Studies on the mouth parts a Comparative anatomy of the proboscis in the blood-sucking muscidae - Number 60
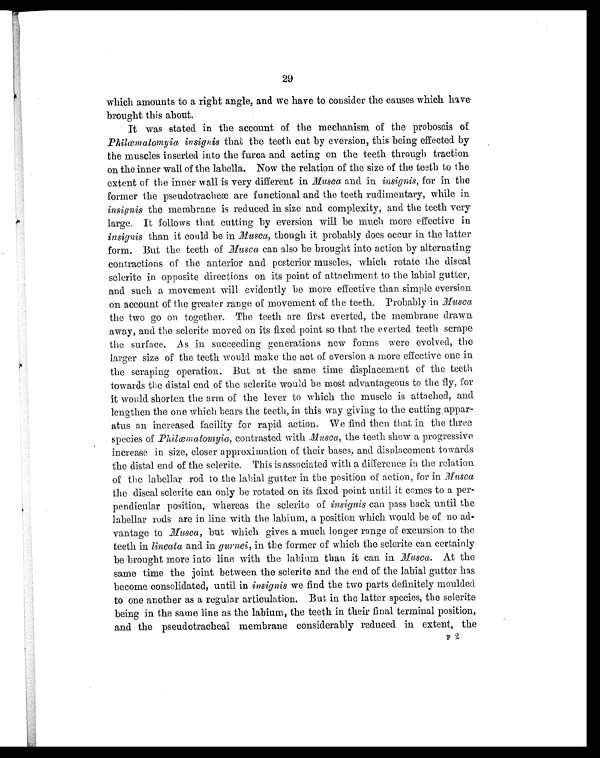
29
which amounts to a right angle, and we have to consider the causes which have.
brought this about.
It was stated in the account of the mechanism of the proboscis of
Philæmatomyia insignis that the teeth cut by eversion, this being effected by
the muscles inserted into the furca and acting on the teeth through traction.
on the inner wall of the labella. Now the relation of the size of the teeth to the
extent of the inner wall is very different in Musca and in insignis, for in the
former the pseudotracheæ are functional and the teeth rudimentary, while in
insignis the membrane is reduced in size and complexity, and the teeth very
large. It follows that cutting by eversion will be much more effective in
insignis than it could be in Musca, though it probably does occur in the latter
form. But the teeth of Musca can also be brought into action by alternating
contractions of the anterior and posterior muscles, which rotate the discal
sclerite in opposite directions on its point of attachment to the labial gutter,
and such a movement will evidently be more effective than simple eversion
on account of the greater range of movement of the teeth. Probably in Musca
the two go on together. The teeth are first everted, the membrane drawn
away, and the sclerite moved on its fixed point so that the everted teeth scrape
the surface. As in succeeding generations new forms were evolved, the
larger size of the teeth would make the act of eversion a more effective one in
the scraping operation. But at the same time displacement of the teeth
towards the distal end of the sclerite would be most advantageous to the fly, for
it would shorten the arm of the lever to which the muscle is attached, and
lengthen the one which bears the teeth, in this way giving to the cutting appar-
atus an increased facility for rapid action. We find then that in the three
species of Philæmatomyia, contrasted with Musca, the teeth show a progressive
increase in size, closer approximation of their bases, and displacement towards
the distal end of the sclerite. This is associated with a difference in the relation
of the labellar rod to the labial gutter in the position of action, for in Musca
the discal sclerite can only be rotated on its fixed point until it comes to a per-
pendicular position, whereas the sclerite of insignis can pass back until the
labellar rods are in line with the labium, a position which would be of no ad-
vantage to Musca , but which gives a much longer range of excursion to the
teeth in lineata and in gurnnei , in the former of which the sclerite can certainly
be brought more into line with the labium than it can in. Musca. At the
same time the joint between the sclerite and the end of the labial gutter has
become consolidated, until in insignis we find the two parts definitely moulded
to one another as a regular articulation. But in the latter species, the sclerite
being in the same line as the labium, the teeth in their final terminal position,
and the pseudotracheal membrane considerably reduced in extent, the
F2